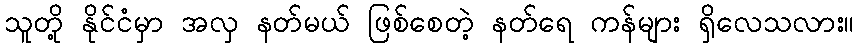
သူတို့ နိုင်ငံမှာ အလှ နတ်မယ် ဖြစ်စေတဲ့ နတ်ရေ ကန်များ ရှိလေသလား။